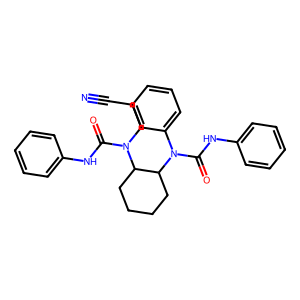
SMILES: N#CCCN(C(=O)Nc1ccccc1)C1CCCCC1N(C(=O)Nc1ccccc1)c1ccccc1
Inhibits HIV replication: No